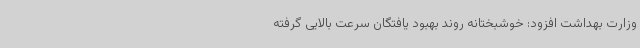
وزارت بهداشت افزود: خوشبختانه روند بهبود یافتگان سرعت بالایی گرفته